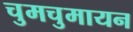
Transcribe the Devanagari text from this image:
चुमचुमायन